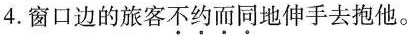
4.窗口边的旅客\underset{·}{不}\underset{·}{约}\underset{·}{而}\underset{·}{同}地伸手去抱他。